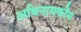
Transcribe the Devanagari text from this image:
अधिनायकीय